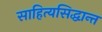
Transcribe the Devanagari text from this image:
साहित्यसिद्धान्त